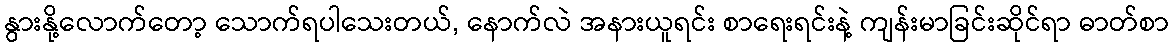
နွားနို့လောက်တော့ သောက်ရပါသေးတယ်, နောက်လဲ အနားယူရင်း စာရေးရင်းနဲ့ ကျန်းမာခြင်းဆိုင်ရာ ဓာတ်စာ